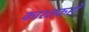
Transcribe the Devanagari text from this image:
काश्तकरों